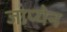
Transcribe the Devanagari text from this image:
जाप्येन